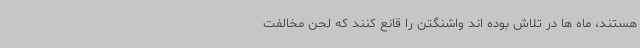
هستند، ماه ها در تلاش بوده اند واشنگتن را قانع کنند که لحن مخالفت